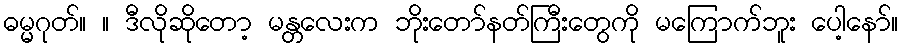
ဓမ္မဂုတ်။ ။ ဒီလိုဆိုတော့ မန္တလေးက ဘိုးတော်နတ်ကြီးတွေကို မကြောက်ဘူး ပေါ့နော်။